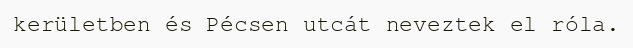
kerületben és Pécsen utcát neveztek el róla.